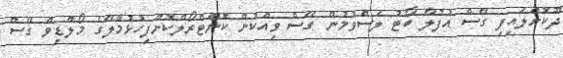
ދޫކޮށްލައިފި ގޭސް އުފުލާ ބޯޓު ލަސްވުމުން ގޭސް ވިއްކުން ކޮންޓްރޯލްކޮށްފިހުޅުމާލޭގެ މޯލްޑިވް ގޭސް